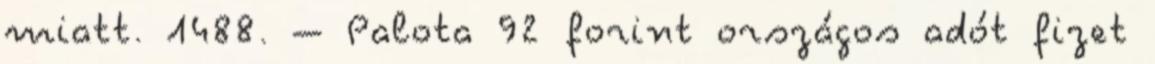
miatt. 1488. – Palota 92 forint országos adót fizet